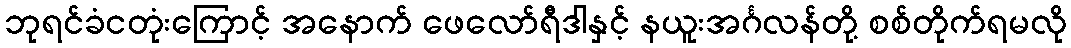
ဘုရင်ခံငတုံးကြောင့် အနောက် ဖေလော်ရီဒါနှင့် နယူးအင်္ဂလန်တို့ စစ်တိုက်ရမလို